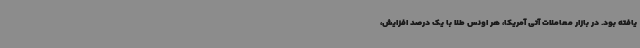
یافته بود. در بازار معاملات آتی آمریکا، هر اونس طلا با یک درصد افزایش،